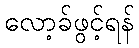
လော့ခ်ဖွင့်ရန်